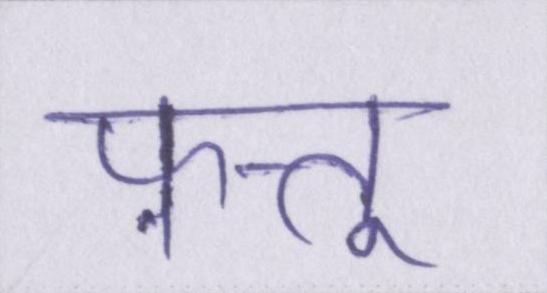
फ़त्तू